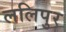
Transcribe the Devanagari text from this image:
ललिपुर